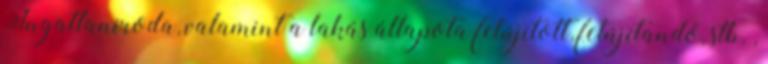
Ingatlaniroda, valamint a lakás állapota felújított, felújítandó, stb. ,